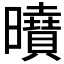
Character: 𭨍